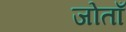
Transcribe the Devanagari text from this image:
जोताँ